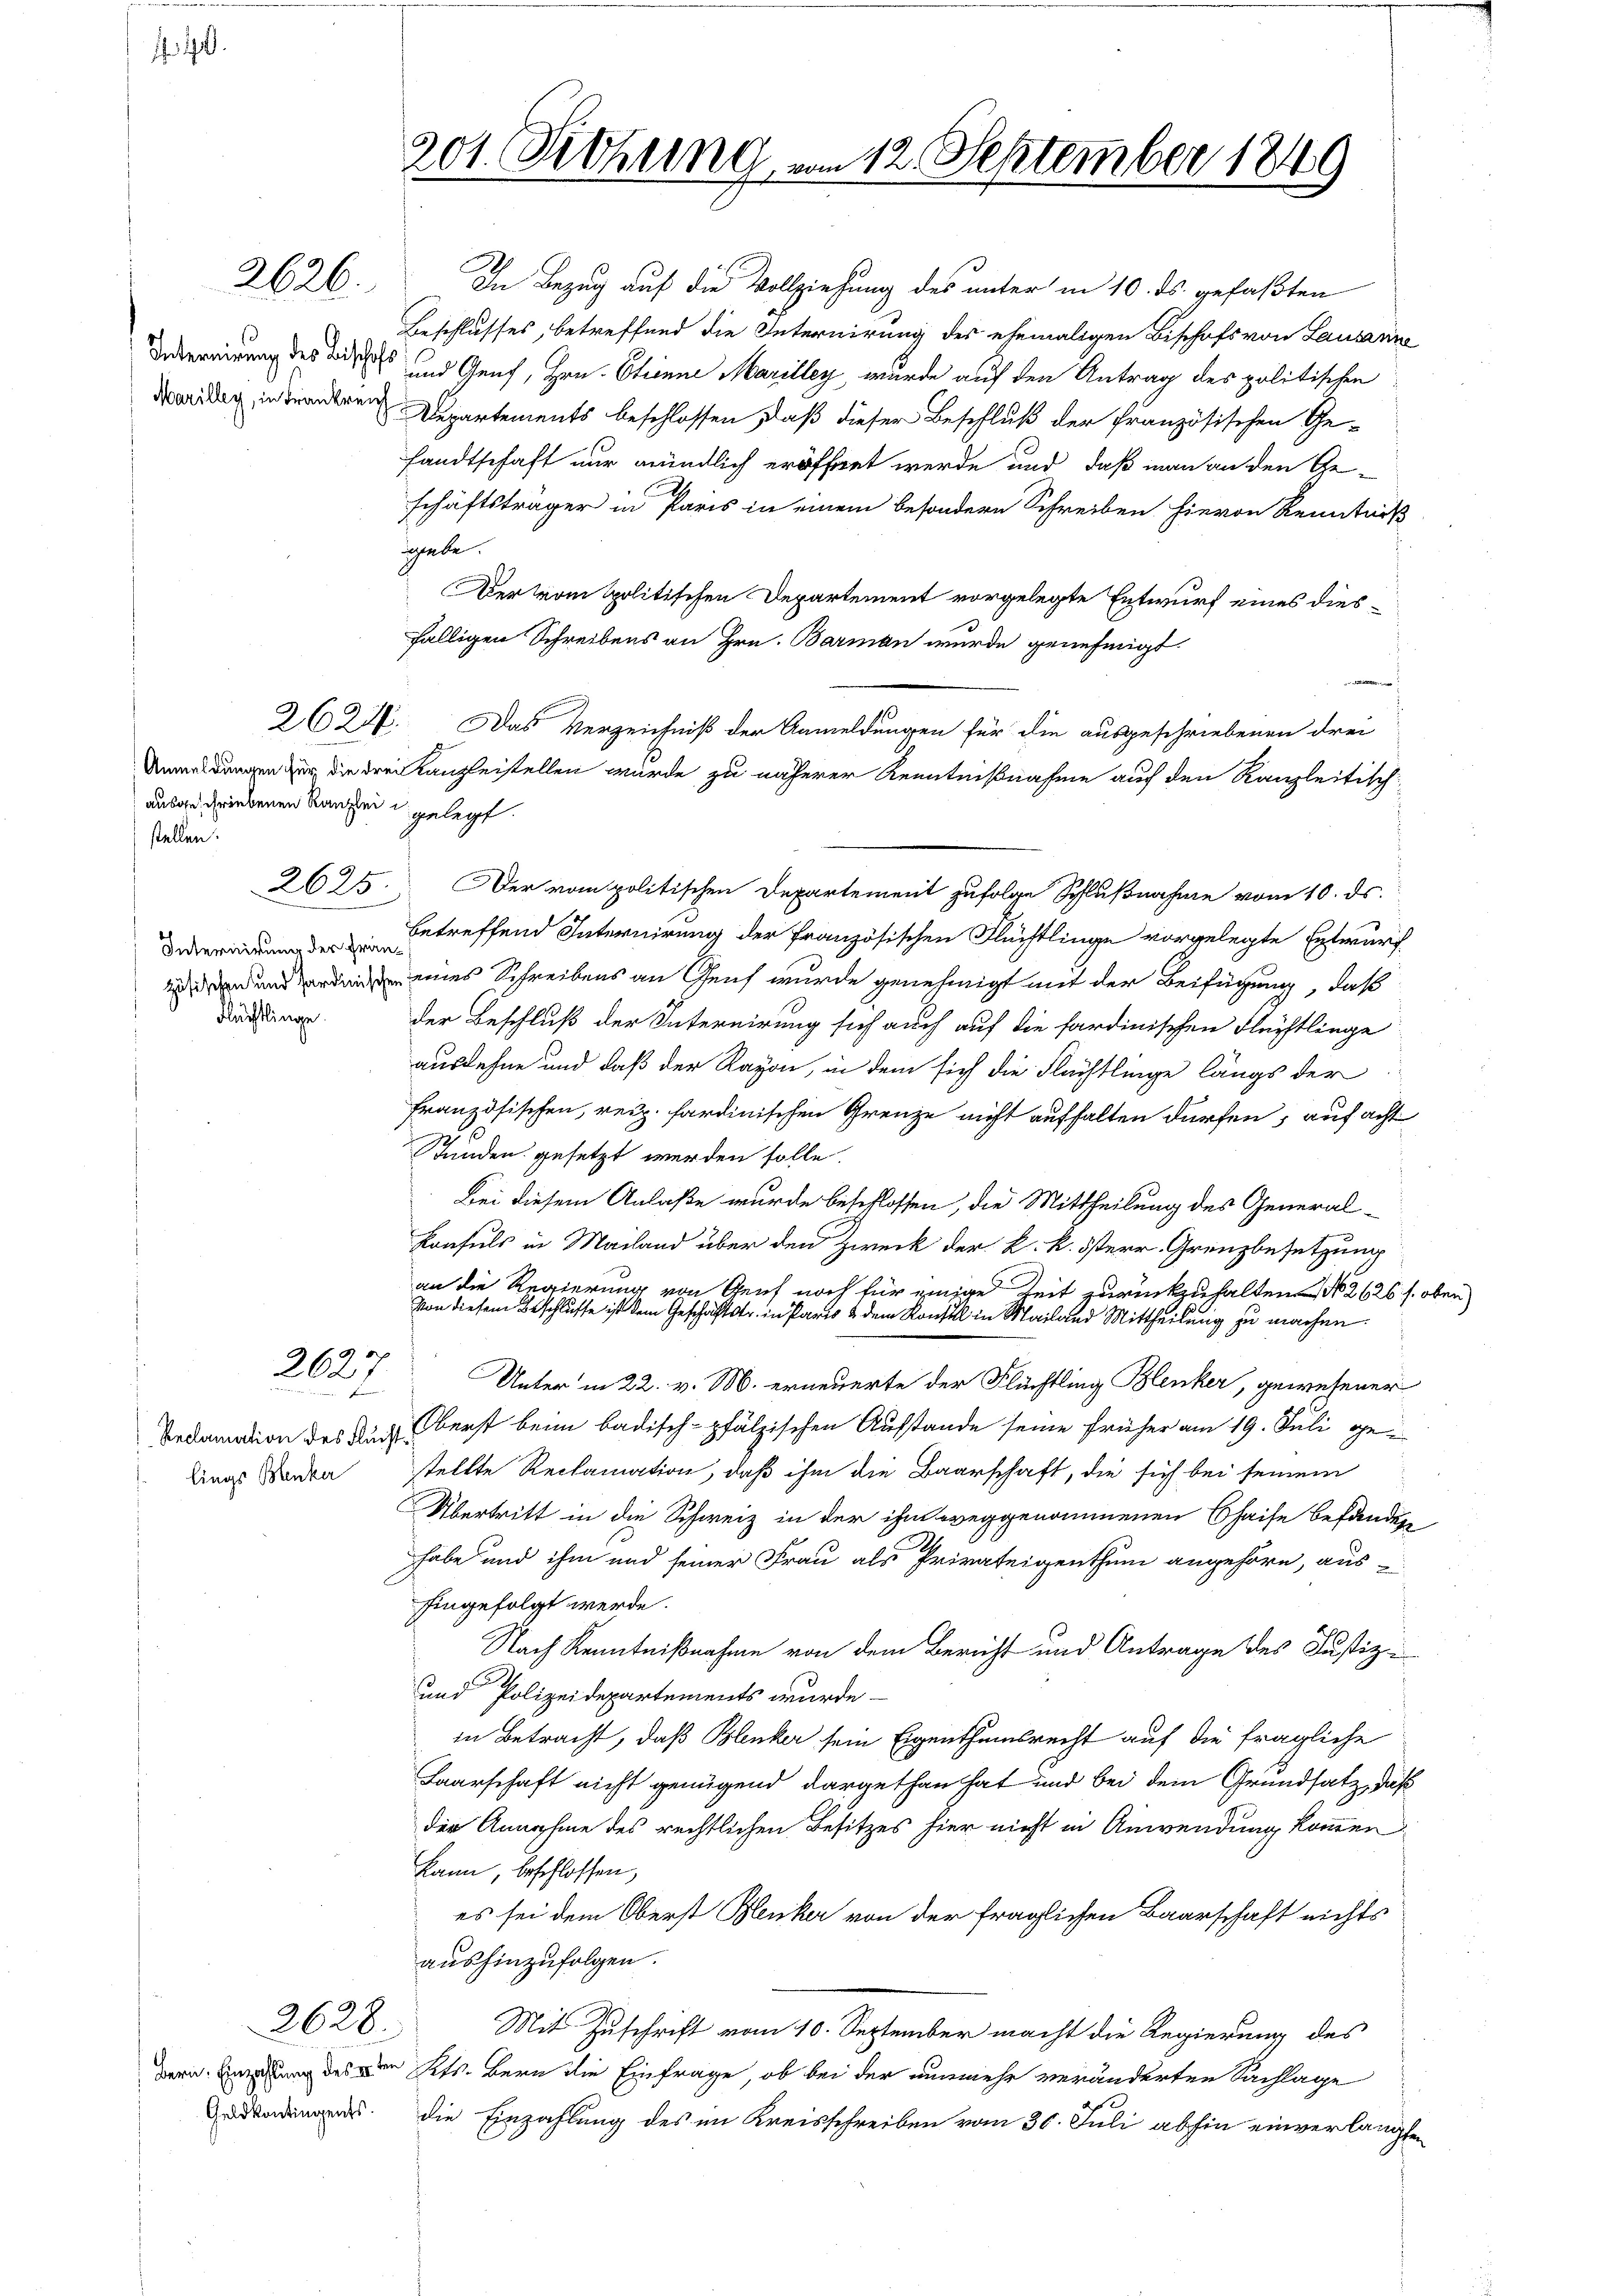
1

Internirung des Bische
Marilley, in Frankre

ausgeschriebenen Kanzlei
stellen.

2626.

Flüchtlinge

2627
Alment

lings Benker

Geldkontingents.

2628

In Bezug auf die Vollziehung des unter in 10. ds. gefaßten
Beschlusses, betreffend die Internirung des ehemaligen Bischofs von Lausanne
 und Genf, Hrn. Etienne Marilley, wurde auf den Antrag des politischen
Departements beschlossen, daß dieser Beschluß der französischen Ge-
sandtschaft nur mündlich eröffnet werde und daß man an den Ge-
schäftsträger in Paris in einem besondere Schreiben hievon Kenntniß
ggebe.
Der vom Spolitischen Departement vorgelegte Entwurf eines diesfälligen Schreibens an Hrn. Barmen wurde genehmigt
262 f. Das Verzeichniß der Anmeldungen für die ausgeschriebenen drei
Unaldungen zur die drei Kanzleistellen wurde zu näherer Kenntnißnahme auf den Kanzleitisch-
u gelegt.
2625. Der vom politischen Departement zufolge Schlußnahme vom 10. ds.
betreffend Internirung der französischen Flüchtlinge vorgelegte Entwurf
 eines Schreibens an Genf wurde genehmigt mit der Beifügung, daß
der Beschluß der Internirung sich auch auf die sardinischen Flächtlinge
ausdehne und daß der Rayon, in dem sich die Flächtlinge längs der
französischen, resp. sardinischen Grenze nicht aufhalten dürfen, auf acht
Stunden gesetzt werden solle.
Bei diesem Anlaße wurde beschlossen, die Mittheilung des General-
Konsuls in Mailand über den Zweck der K. k. österr. Grenzbesetzung
an die Regierung von Genf noch für einige Zeit zurückzuhalten No 2626 s. oben)
Von diesem Beschlusse ist dem Geschäftstr. in Parts & dem Konsul in Mailand Mittheilung zu machen.
Unter in 22. v. M. erneuerte der Flüchtling Blenker, gewesener
Dedamation des Nach Oberst beim badisch-pfälzischen Ausstande seine früher am 19. Juli gestellte Reclamation, daß ihm die Baarschaft, die sich bei seinem
Übertritt in die Schweiz in der ihm weggenommenen Chaise befändene
habe und ihm und seiner Frau als Privateigenthum angehöre, aus-
hingefolgt werde.
Nach Kenntnißnahme von dem Bericht und Antrage des Justiz-
und Polizeidepartements wurde
in Betracht, daß Blenker sein Eigenthumsrecht auf die fragliche
Laarschaft nicht genügend dargethan hat und bei dem Grundsatz, daß
der Annahme des rechtlichen Besitzes hier nicht in Anwendung kommen
kann, beschlossen,
es sei dem Oberst Benker von der fraglichen Baarschaft nichts
aushinzufolgen.
Mit Zuschrift vom 10. September macht die Regierung des
dern Einzahlung des Kts. Bern die Einfrage, ob bei der nunmehr veränderten Sachlage
die Einzahlung des im Kreisschreiben vom 30. Juli abhin einverlangten

201. Diehung, am 12. September 1849